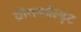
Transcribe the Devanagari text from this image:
ग्रोयनवेल्ड्ट